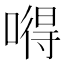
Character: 嘚